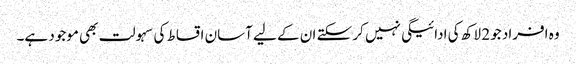
وہ افراد جو 2 لاکھ کی ادائیگی نہیں کر سکتے ان کے لیے آسان اقساط کی سہولت بھی موجود ہے۔